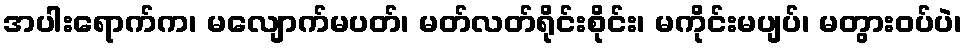
အပါးရောက်က၊ မလျောက်မပတ်၊ မတ်လတ်ရိုင်းစိုင်း၊ မကိုင်းမပျပ်၊ မတွားဝပ်ပဲ၊